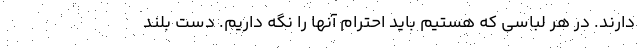
‌دارند. در هر لباسی که هستیم باید احترام آنها را نگه داریم. دست بلند